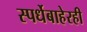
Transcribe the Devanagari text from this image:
स्पर्धेबाहेरही